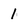
Character: 1